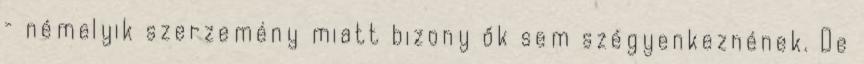
– némelyik szerzemény miatt bizony ők sem szégyenkeznének. De